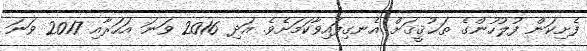
ފެށިކަން ފުލުހުންގެ ތަޙުޤީޤަށް އެނގިފައިވާކަމަށެވެ. އަދި 2016 ވަނަ އަހަރާއި 2017 ވަނަ